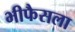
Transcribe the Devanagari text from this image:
भीफैसला